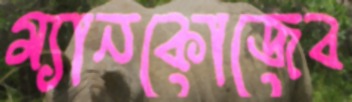
ম্যানকোজেব